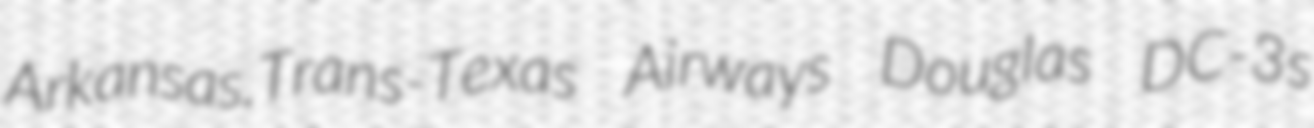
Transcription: Arkansas.Trans-Texas Airways Douglas DC-3s